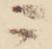
ニ